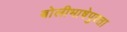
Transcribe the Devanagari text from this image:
बोलीभाषेपुरता